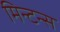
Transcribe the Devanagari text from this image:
मिन्टन्स